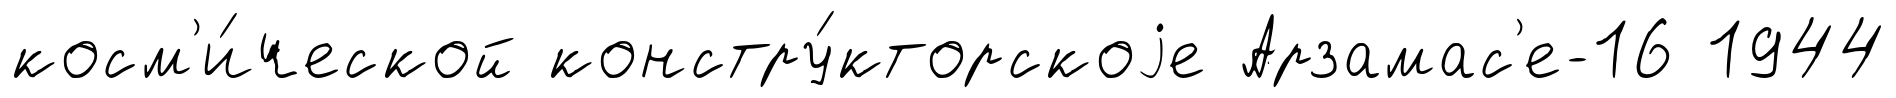
косм'и́ческой констру́кторскоjе Арзамас'е-16 1944